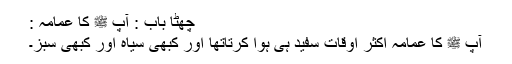
چھٹا باب : آپ ﷺ کا عمامہ :
آپ ﷺ کا عمامہ اکثر اوقات سفید ہی ہوا کرتاتھا اور کبھی سیاہ اور کبھی سبز۔